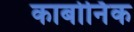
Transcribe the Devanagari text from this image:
कार्बोर्निक